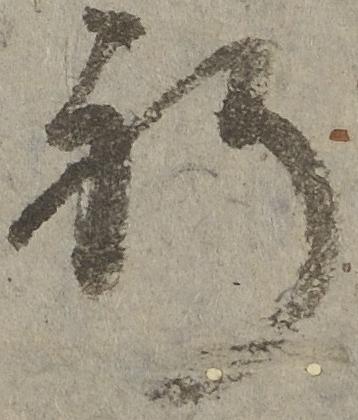
祈